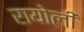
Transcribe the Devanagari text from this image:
रायोली